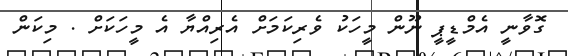
ގޮވާނީ އެމްޑީޕީ ނޫން މީހަކު ވެރިކަމަށް އެރިއްޔާ އެ މީހަކަށް . މިކަން